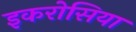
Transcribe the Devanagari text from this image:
इकरोसिया